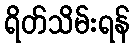
ရိတ်သိမ်းရန်